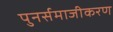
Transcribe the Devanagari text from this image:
पुनर्समाजीकरण